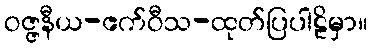
ဝဇ္ဇနီယ-ဧက်ဝီသ-ထုတ်ပြပါဠိမှာ။